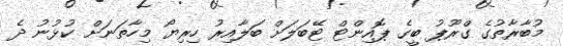
މުބާރާތުގެ ގްރޫޕު ބީގެ ޕޮއިންޓް ޓޭބަލަށް ބަލާއިރު ހިރިޔޯ މިހާތަނަށް ކުޅުނު ދެ